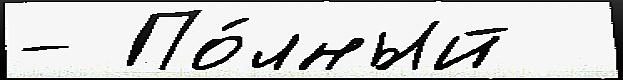
- По́лный